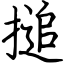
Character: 搥